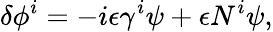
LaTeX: \delta\phi^{i}=-i\epsilon\gamma^{i}\psi+\epsilon N^{i}\psi,